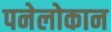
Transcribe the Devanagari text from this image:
पनेलोकान